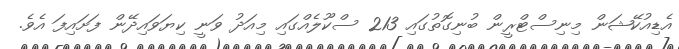
އެޑިއުކޭޝަން މިނިސްޓްރީން ބުނިގޮތުގައި 213 ސްކޫލެއްގައި މިއަދު ވަނީ ކިޔަވައިދޭން ފަށައިފަ އެވެ.